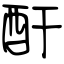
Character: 酐